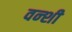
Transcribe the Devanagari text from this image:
वन्शी